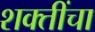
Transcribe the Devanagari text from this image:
शक्‍तींचा